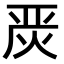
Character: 𭴪